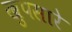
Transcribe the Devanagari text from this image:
खुपसारे